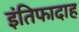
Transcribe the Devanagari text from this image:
इंतिफादाह